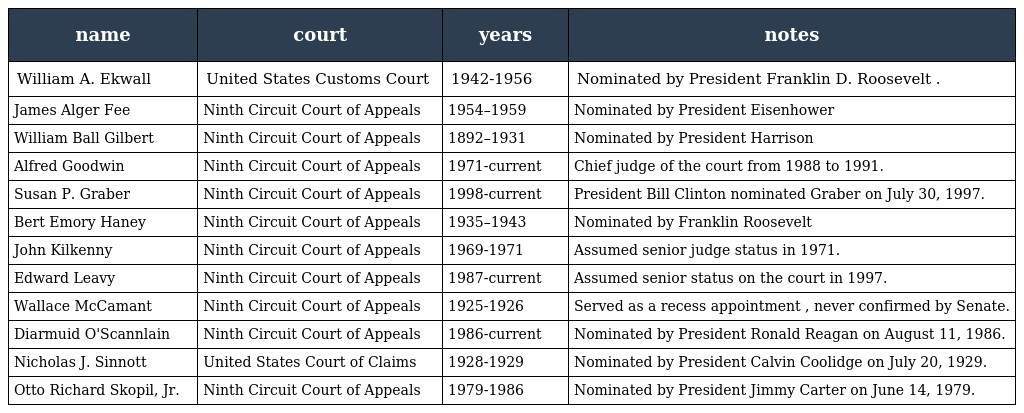
| name | court | years | notes |
 | --- | --- | --- | --- |
 | William A. Ekwall | United States Customs Court | 1942-1956 | Nominated by President Franklin D. Roosevelt . |
 | James Alger Fee | Ninth Circuit Court of Appeals | 1954–1959 | Nominated by President Eisenhower |
 | William Ball Gilbert | Ninth Circuit Court of Appeals | 1892–1931 | Nominated by President Harrison |
 | Alfred Goodwin | Ninth Circuit Court of Appeals | 1971-current | Chief judge of the court from 1988 to 1991. |
 | Susan P. Graber | Ninth Circuit Court of Appeals | 1998-current | President Bill Clinton nominated Graber on July 30, 1997. |
 | Bert Emory Haney | Ninth Circuit Court of Appeals | 1935–1943 | Nominated by Franklin Roosevelt |
 | John Kilkenny | Ninth Circuit Court of Appeals | 1969-1971 | Assumed senior judge status in 1971. |
 | Edward Leavy | Ninth Circuit Court of Appeals | 1987-current | Assumed senior status on the court in 1997. |
 | Wallace McCamant | Ninth Circuit Court of Appeals | 1925-1926 | Served as a recess appointment , never confirmed by Senate. |
 | Diarmuid O'Scannlain | Ninth Circuit Court of Appeals | 1986-current | Nominated by President Ronald Reagan on August 11, 1986. |
 | Nicholas J. Sinnott | United States Court of Claims | 1928-1929 | Nominated by President Calvin Coolidge on July 20, 1929. |
 | Otto Richard Skopil, Jr. | Ninth Circuit Court of Appeals | 1979-1986 | Nominated by President Jimmy Carter on June 14, 1979. |